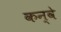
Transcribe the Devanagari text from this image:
कन्वे